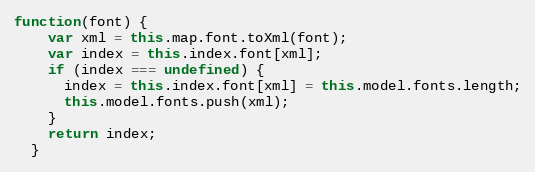
Language: JavaScript
function(font) {
    var xml = this.map.font.toXml(font);
    var index = this.index.font[xml];
    if (index === undefined) {
      index = this.index.font[xml] = this.model.fonts.length;
      this.model.fonts.push(xml);
    }
    return index;
  }